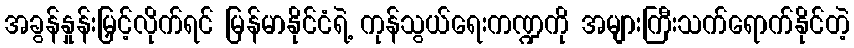
အခွန်နှုန်းမြှင့်လိုက်ရင် မြန်မာနိုင်ငံရဲ့ ကုန်သွယ်ရေးကဏ္ဍကို အများကြီးသက်ရောက်နိုင်တဲ့